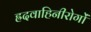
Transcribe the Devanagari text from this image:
ह्रदवाहिनीरोगों